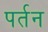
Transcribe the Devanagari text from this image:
पर्तन